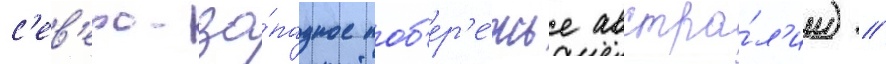
с'ев'еро-за́падное поб'ер'е́жье австра́л'ии) /